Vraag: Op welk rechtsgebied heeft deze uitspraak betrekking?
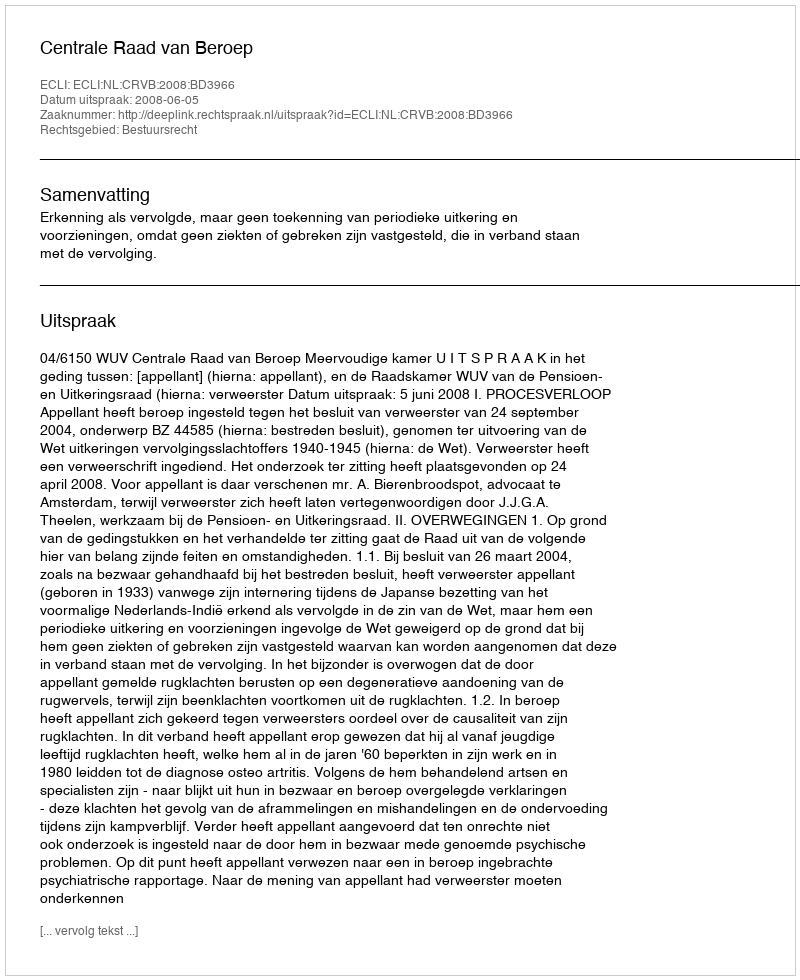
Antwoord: Bestuursrecht